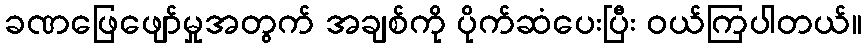
ခဏဖြေဖျော်မှုအတွက် အချစ်ကို ပိုက်ဆံပေးပြီး ဝယ်ကြပါတယ်။